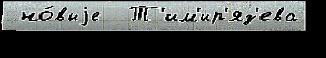
 но́выjе  Т'им'ир'яз'ева